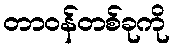
တာဝန်တစ်ခုကို